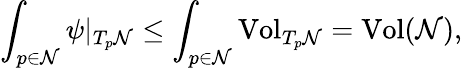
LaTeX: \int_{p\in\mathcal{N}}\psi|_{T_{p}\mathcal{N}}\leq\int_{p\in\mathcal{N}}\mathrm{{Vol}}_{T_{p}\mathcal{N}}=\mathrm{{Vol}}(\mathcal{N}),